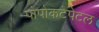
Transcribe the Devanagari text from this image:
पोपोकटेपेटल